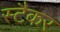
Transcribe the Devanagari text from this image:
स्टैकर